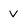
Character: V